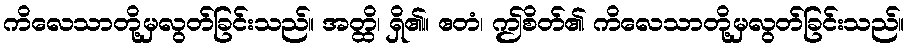
ကိလေသာတို့မှလွတ်ခြင်းသည်။ အတ္ထိ၊ ရှိ၏။ ဧတံ၊ ဤစိတ်၏ ကိလေသာတို့မှလွတ်ခြင်းသည်။